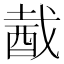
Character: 酨